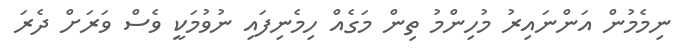
ނިމެމުން އަންނައިރު މުހިންމު ތިން މަގެއް ހިމެނިފައި ނުވުމަކީ ވެސް ވަރަށް ދެރަ